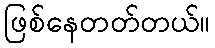
ဖြစ်နေတတ်တယ်။